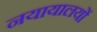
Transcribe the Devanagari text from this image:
नयायालयों